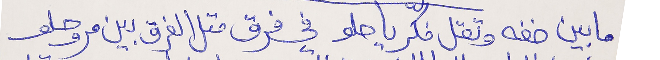
ما بين خفه وتقل فكّر يا حلو في فرق متل الفرق بين مر وحلو